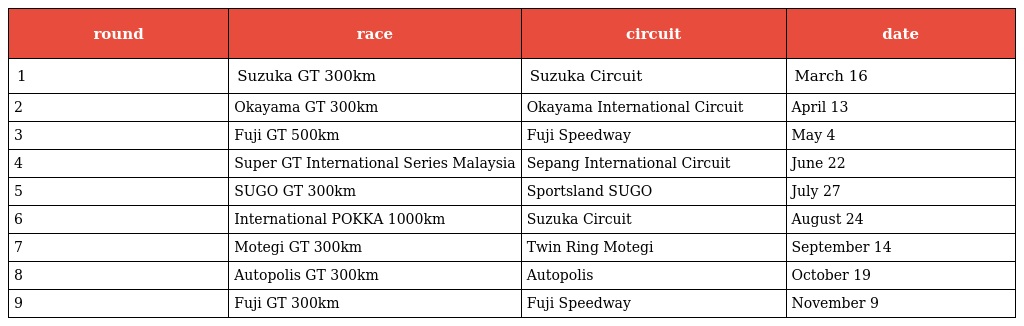
| round | race | circuit | date |
 | --- | --- | --- | --- |
 | 1 | Suzuka GT 300km | Suzuka Circuit | March 16 |
 | 2 | Okayama GT 300km | Okayama International Circuit | April 13 |
 | 3 | Fuji GT 500km | Fuji Speedway | May 4 |
 | 4 | Super GT International Series Malaysia | Sepang International Circuit | June 22 |
 | 5 | SUGO GT 300km | Sportsland SUGO | July 27 |
 | 6 | International POKKA 1000km | Suzuka Circuit | August 24 |
 | 7 | Motegi GT 300km | Twin Ring Motegi | September 14 |
 | 8 | Autopolis GT 300km | Autopolis | October 19 |
 | 9 | Fuji GT 300km | Fuji Speedway | November 9 |